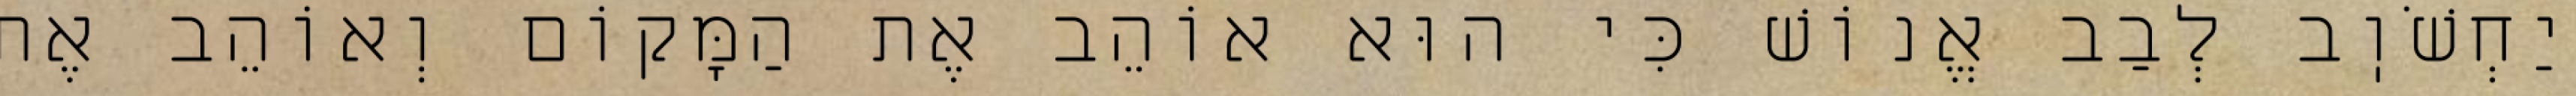
יַחְשֹׁוֽב לְבַב אֱנוֹשׁ כִּי הוּא אוֹהֵב אֶת הַמָּקוֹם וְאוֹהֵב אֶת